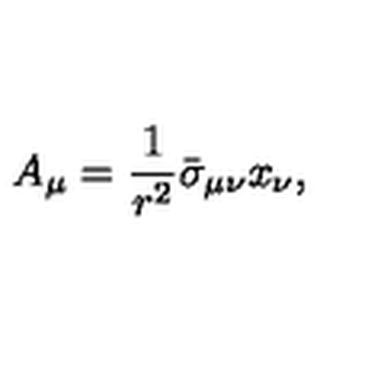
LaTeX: A _ { \mu } = \frac { 1 } { r ^ { 2 } } \bar { \sigma } _ { \mu \nu } x _ { \nu } ,